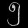
Digit: ၅